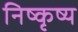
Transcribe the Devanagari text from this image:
निष्कृष्य